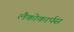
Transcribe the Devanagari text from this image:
लैकोकार्पस